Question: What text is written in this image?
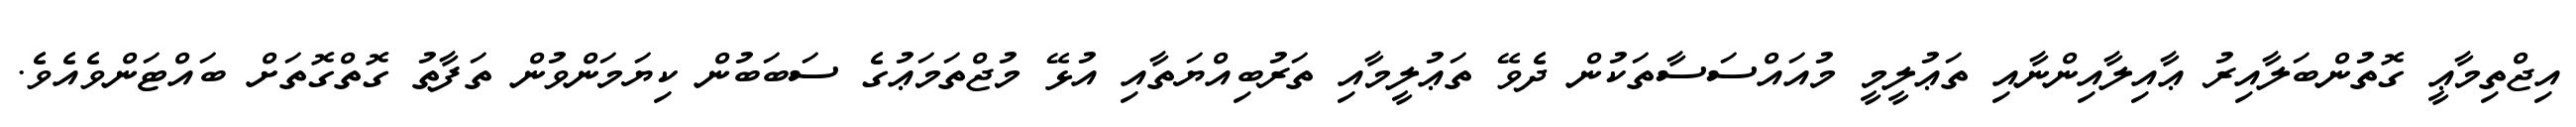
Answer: އިޖްތިމާޢީ ގޮތުންބަލާއިރު ޢާއިލާއިންނާއި ތަޢުލީމީ މުއައްސަސާތަކުން ދެވޭ ތަޢުލީމާއި ތަރުބިއްޔަތާއި އުޅޭ މުޖްތަމަޢުގެ ސަބަބުން ކިޔަމަންވުން ތަފާތު ގޮތްގޮތަށް ބައްޓަންވެއެވެ.